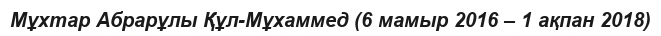
Мұхтар Абрарұлы Құл-Мұхаммед (6 мамыр 2016 – 1 ақпан 2018)